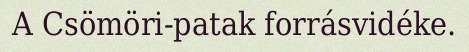
A Csömöri-patak forrásvidéke.